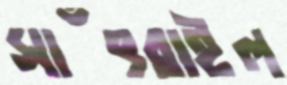
সাঁৎরাইল